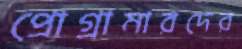
প্রোগ্রামারদের